Lunatic asylums Central Provinces reports 1895-1909 - 1895-1909
Year: 1895
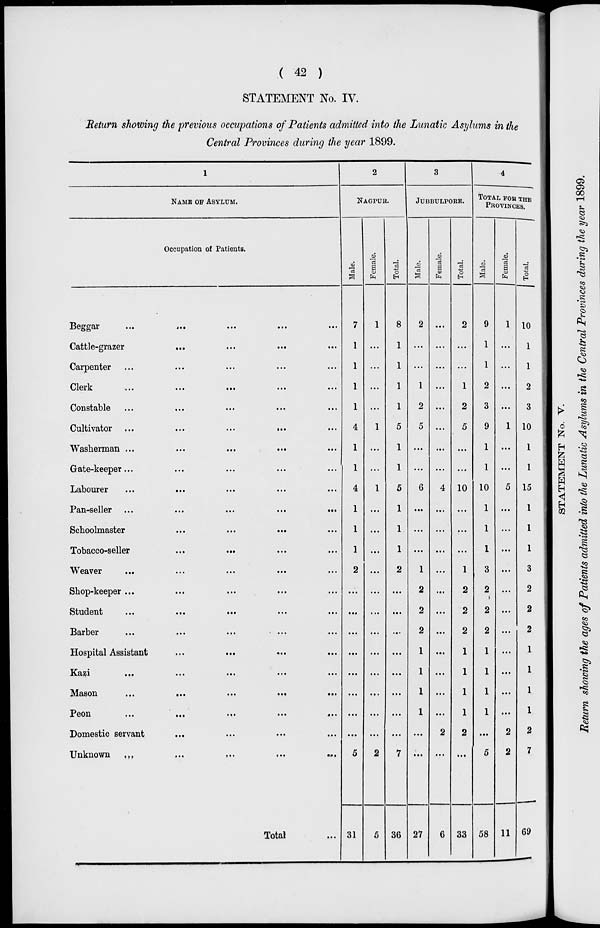
( 42 )
STATEMENT No. IV.
Return showing the previous occupations of Patients admitted into the Lunatic Asylums in the
Central Provinces during the year 1899.
1
NAME OF ASYLUM.
Occupation of Patients.
Beggar
...
...
...
...
Cattle-grazer
...
...
...
...
Carpenter
...
...
...
...
Clerk
...
...
...
...
Constable
...
...
...
...
Cultivator
...
...
...
...
Washerman
...
...
...
...
Gate-keeper
...
...
...
...
Labourer
...
...
...
...
Pan-seller
...
...
...
...
Schoolmaster
...
...
...
...
Tobacco-seller
...
...
...
...
Weaver
...
...
...
...
Shop-keeper
...
...
...
...
Student
...
...
...
...
Barber
...
...
...
...
Hospital Assistant
...
...
...
...
Kazi
...
...
...
...
Mason
...
...
...
...
Peon
...
...
...
...
Domestic servant
...
...
...
...
Unknown
...
...
...
...
Total
...
2
NAGPUR.
Male.
7
1
1
1
1
4
1
1
4
1
1
1
2
...
...
...
...
...
...
...
...
5
31
Female.
1
...
...
...
...
1
...
...
1
...
...
...
...
...
...
...
...
...
...
...
...
2
5
Total.
8
1
1
1
1
5
1
1
5
1
1
1
2
...
...
...
...
...
...
...
...
7
36
3
JUBBULPORE.
Male.
2
...
...
1
2
5
...
...
6
...
...
...
1
2
2
2
1
1
1
1
...
...
27
Female.
...
...
...
...
...
...
...
...
4
...
...
...
...
...
...
...
...
...
...
...
2
...
6
Total.
2
...
...
1
2
5
...
...
10
...
...
...
1
2
2
2
1
1
1
1
2
...
33
4
TOTAL FOR THE
PROVINCES.
Male.
9
1
1
2
3
9
1
1
10
1
1
1
3
2
2
2
1
1
1
1
...
5
58
Female.
1
...
...
...
...
1
...
...
5
...
...
...
...
...
...
...
...
...
...
...
2
2
11
Total.
10
1
1
2
3
10
1
1
15
1
1
1
3
2
2
2
1
1
1
1
2
7
69